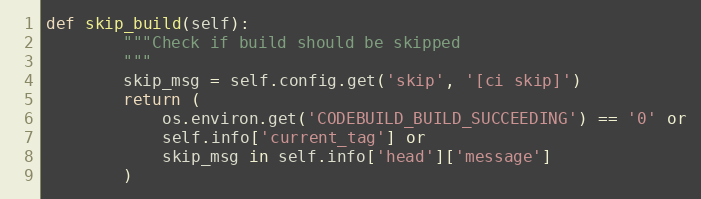
Language: Python
def skip_build(self):
        """Check if build should be skipped
        """
        skip_msg = self.config.get('skip', '[ci skip]')
        return (
            os.environ.get('CODEBUILD_BUILD_SUCCEEDING') == '0' or
            self.info['current_tag'] or
            skip_msg in self.info['head']['message']
        )